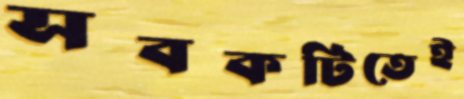
সবকটিতেই